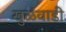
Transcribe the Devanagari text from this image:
खुळंवाडी